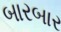
બારબાર